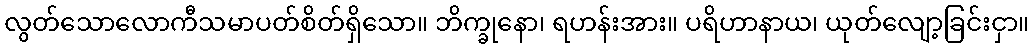
လွတ်သောလောကီသမာပတ်စိတ်ရှိသော။ ဘိက္ခုနော၊ ရဟန်းအား။ ပရိဟာနာယ၊ ယုတ်လျော့ခြင်းငှာ။